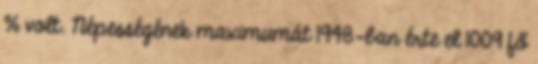
% volt. Népességének maximumát 1948-ban érte el 1009 fő